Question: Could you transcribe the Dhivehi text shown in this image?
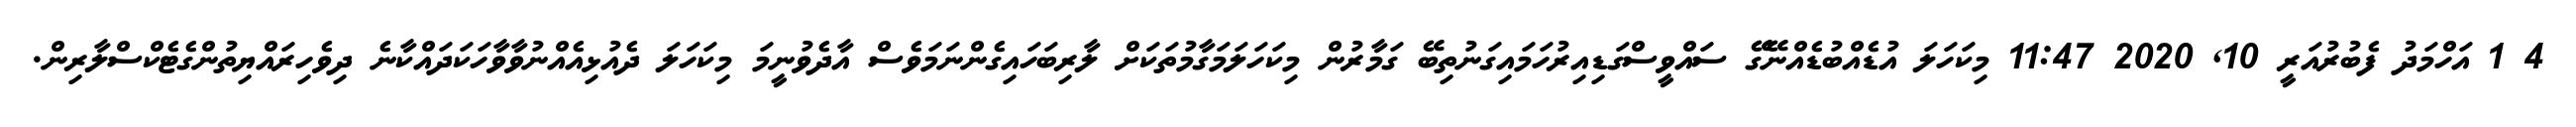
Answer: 4 1 އަހްމަދު ފެބުރުއަރީ 10, 2020 11:47 މިކަހަލަ އުޑެއްބުޑެއްނޭގޭ ސައްވީސްގަޑިއިރުހަމައިގަނުތިބޭ ގަމާރުން މިކަހަލަމަގާމުތަކަށް ލާރިބަހައިގެންނަމަވެސް އާދެވުނީމަ މިކަހަލަ ދެއުޅިއެއްނުވާވާހަކަދައްކާނެ ދިވެހިރައްޔިތުންގެޓެކްސްލާރިން.